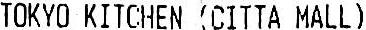
TOKYO KITCHEN (CITTA MALL)